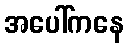
အပေါ်ကနေ